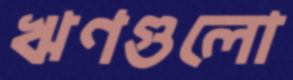
ঋণগুলো